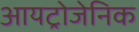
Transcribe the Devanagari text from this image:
आयट्रोजेनिक